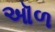
ઑળ